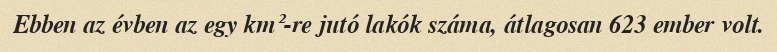
Ebben az évben az egy km²-re jutó lakók száma, átlagosan 623 ember volt.